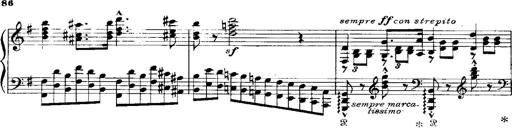
Title: RÃ©miniscences de Norma de Bellini
Composer: Franz Liszt